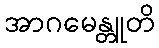
အာဂမေန္တူတိ